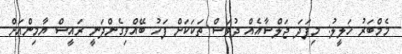
މެމްބަރު ޚަލީލު: މިފަދަ ޖަލްސާއެއް ދުވަސް ތަކަކަށް ފަހު ބޭއްވިގެންދަނީ ރައީސް ޔާމިންއަށް